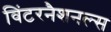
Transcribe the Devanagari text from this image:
विंटरनैशनल्स